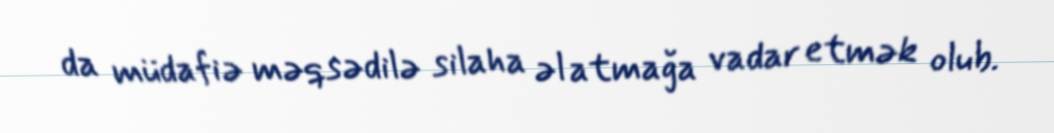
da müdafiə məqsədilə silaha əl atmağa vadar etmək olub.